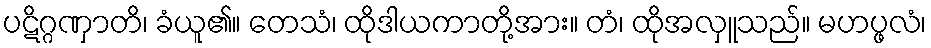
ပဋိဂ္ဂဏှာတိ၊ ခံယူ၏။ တေသံ၊ ထိုဒါယကာတို့အား။ တံ၊ ထိုအလှူသည်။ မဟပ္ဖလံ၊